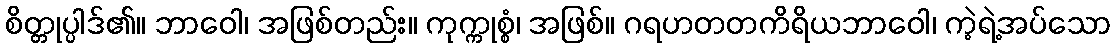
စိတ္တုပ္ပါဒ်၏။ ဘာဝေါ၊ အဖြစ်တည်း။ ကုက္ကုစ္စံ၊ အဖြစ်။ ဂရဟတတကိရိယဘာဝေါ၊ ကဲ့ရဲ့အပ်သော